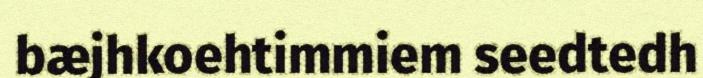
bæjhkoehtimmiem seedtedh